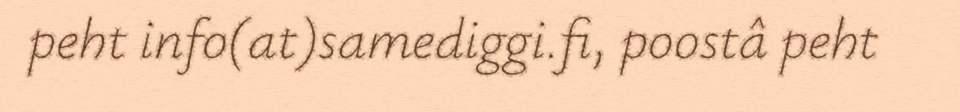
peht info(at)samediggi.fi, poostâ peht